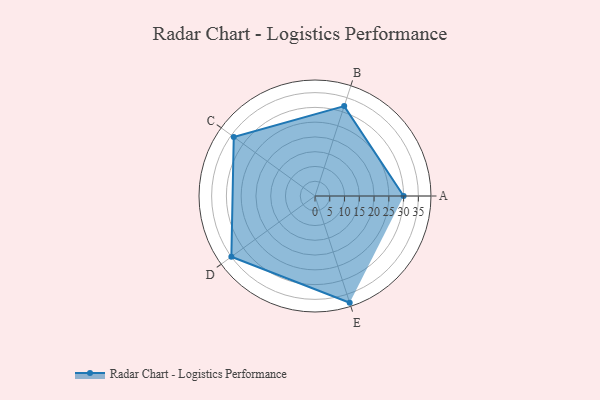
{"axis": {"x": "Skill", "y": "Score"}, "legend": ["Profile"], "data": [{"x": "A", "y": 30.0, "type": "Profile"}, {"x": "B", "y": 32.0, "type": "Profile"}, {"x": "C", "y": 34.0, "type": "Profile"}, {"x": "D", "y": 35.0, "type": "Profile"}, {"x": "E", "y": 38.0, "type": "Profile"}]}